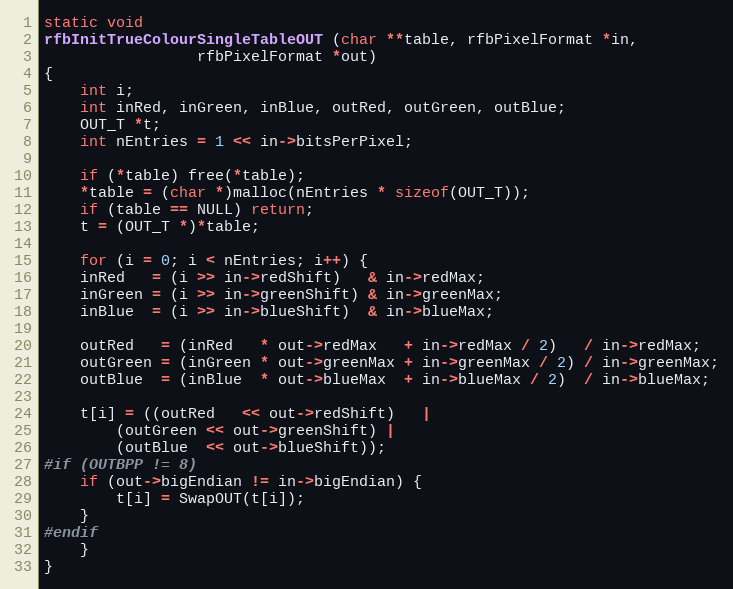
Language: C++
static void
rfbInitTrueColourSingleTableOUT (char **table, rfbPixelFormat *in,
				 rfbPixelFormat *out)
{
    int i;
    int inRed, inGreen, inBlue, outRed, outGreen, outBlue;
    OUT_T *t;
    int nEntries = 1 << in->bitsPerPixel;

    if (*table) free(*table);
    *table = (char *)malloc(nEntries * sizeof(OUT_T));
	if (table == NULL) return;
    t = (OUT_T *)*table;

    for (i = 0; i < nEntries; i++) {
	inRed   = (i >> in->redShift)   & in->redMax;
	inGreen = (i >> in->greenShift) & in->greenMax;
	inBlue  = (i >> in->blueShift)  & in->blueMax;

	outRed   = (inRed   * out->redMax   + in->redMax / 2)   / in->redMax;
	outGreen = (inGreen * out->greenMax + in->greenMax / 2) / in->greenMax;
	outBlue  = (inBlue  * out->blueMax  + in->blueMax / 2)  / in->blueMax;

	t[i] = ((outRed   << out->redShift)   |
		(outGreen << out->greenShift) |
		(outBlue  << out->blueShift));
#if (OUTBPP != 8)
	if (out->bigEndian != in->bigEndian) {
	    t[i] = SwapOUT(t[i]);
	}
#endif
    }
}